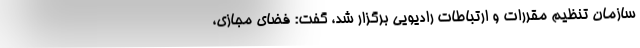
سازمان تنظیم مقررات و ارتباطات رادیویی برگزار شد، گفت: فضای مجازی،